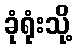
ခုံရုံးသို့